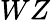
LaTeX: WZ